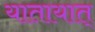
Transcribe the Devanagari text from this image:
यातायात्